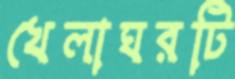
খেলাঘরটি